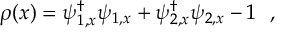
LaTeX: \rho ( x ) = \psi _ { 1 , x } ^ { \dag } \psi _ { 1 , x } + \psi _ { 2 , x } ^ { \dag } \psi _ { 2 , x } - 1 \ \ ,